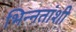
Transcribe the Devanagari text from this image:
भिन्नतांशी